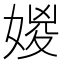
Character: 𡞧